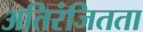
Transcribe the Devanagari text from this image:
अतिरंजितता